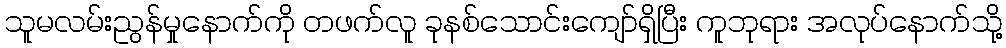
သူမလမ်းညွန်မှုနောက်ကို တဖက်လူ ခုနစ်သောင်းကျော်ရှိပြီး ကူဘုရား အလုပ်နောက်သို့